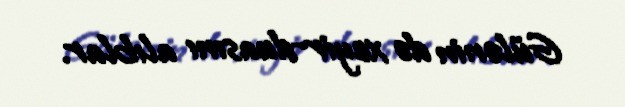
Gülənin də xeyir-duasını alıblar.